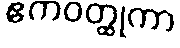
ဧကဝတ္ထုကာ